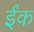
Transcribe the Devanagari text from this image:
ईंक